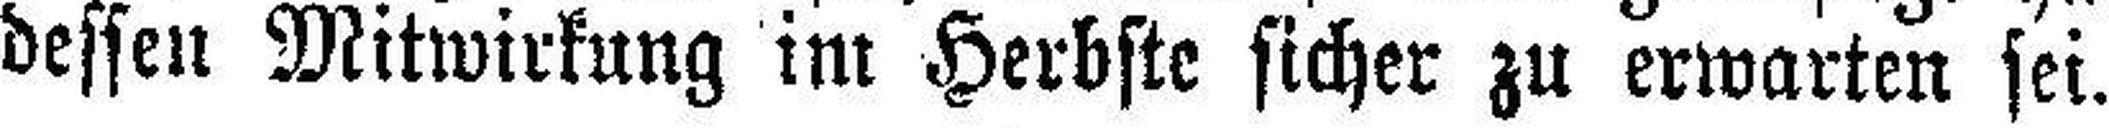
dessen Mitwirkung im Herbste sicher zu erwarten sei.